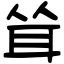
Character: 耸